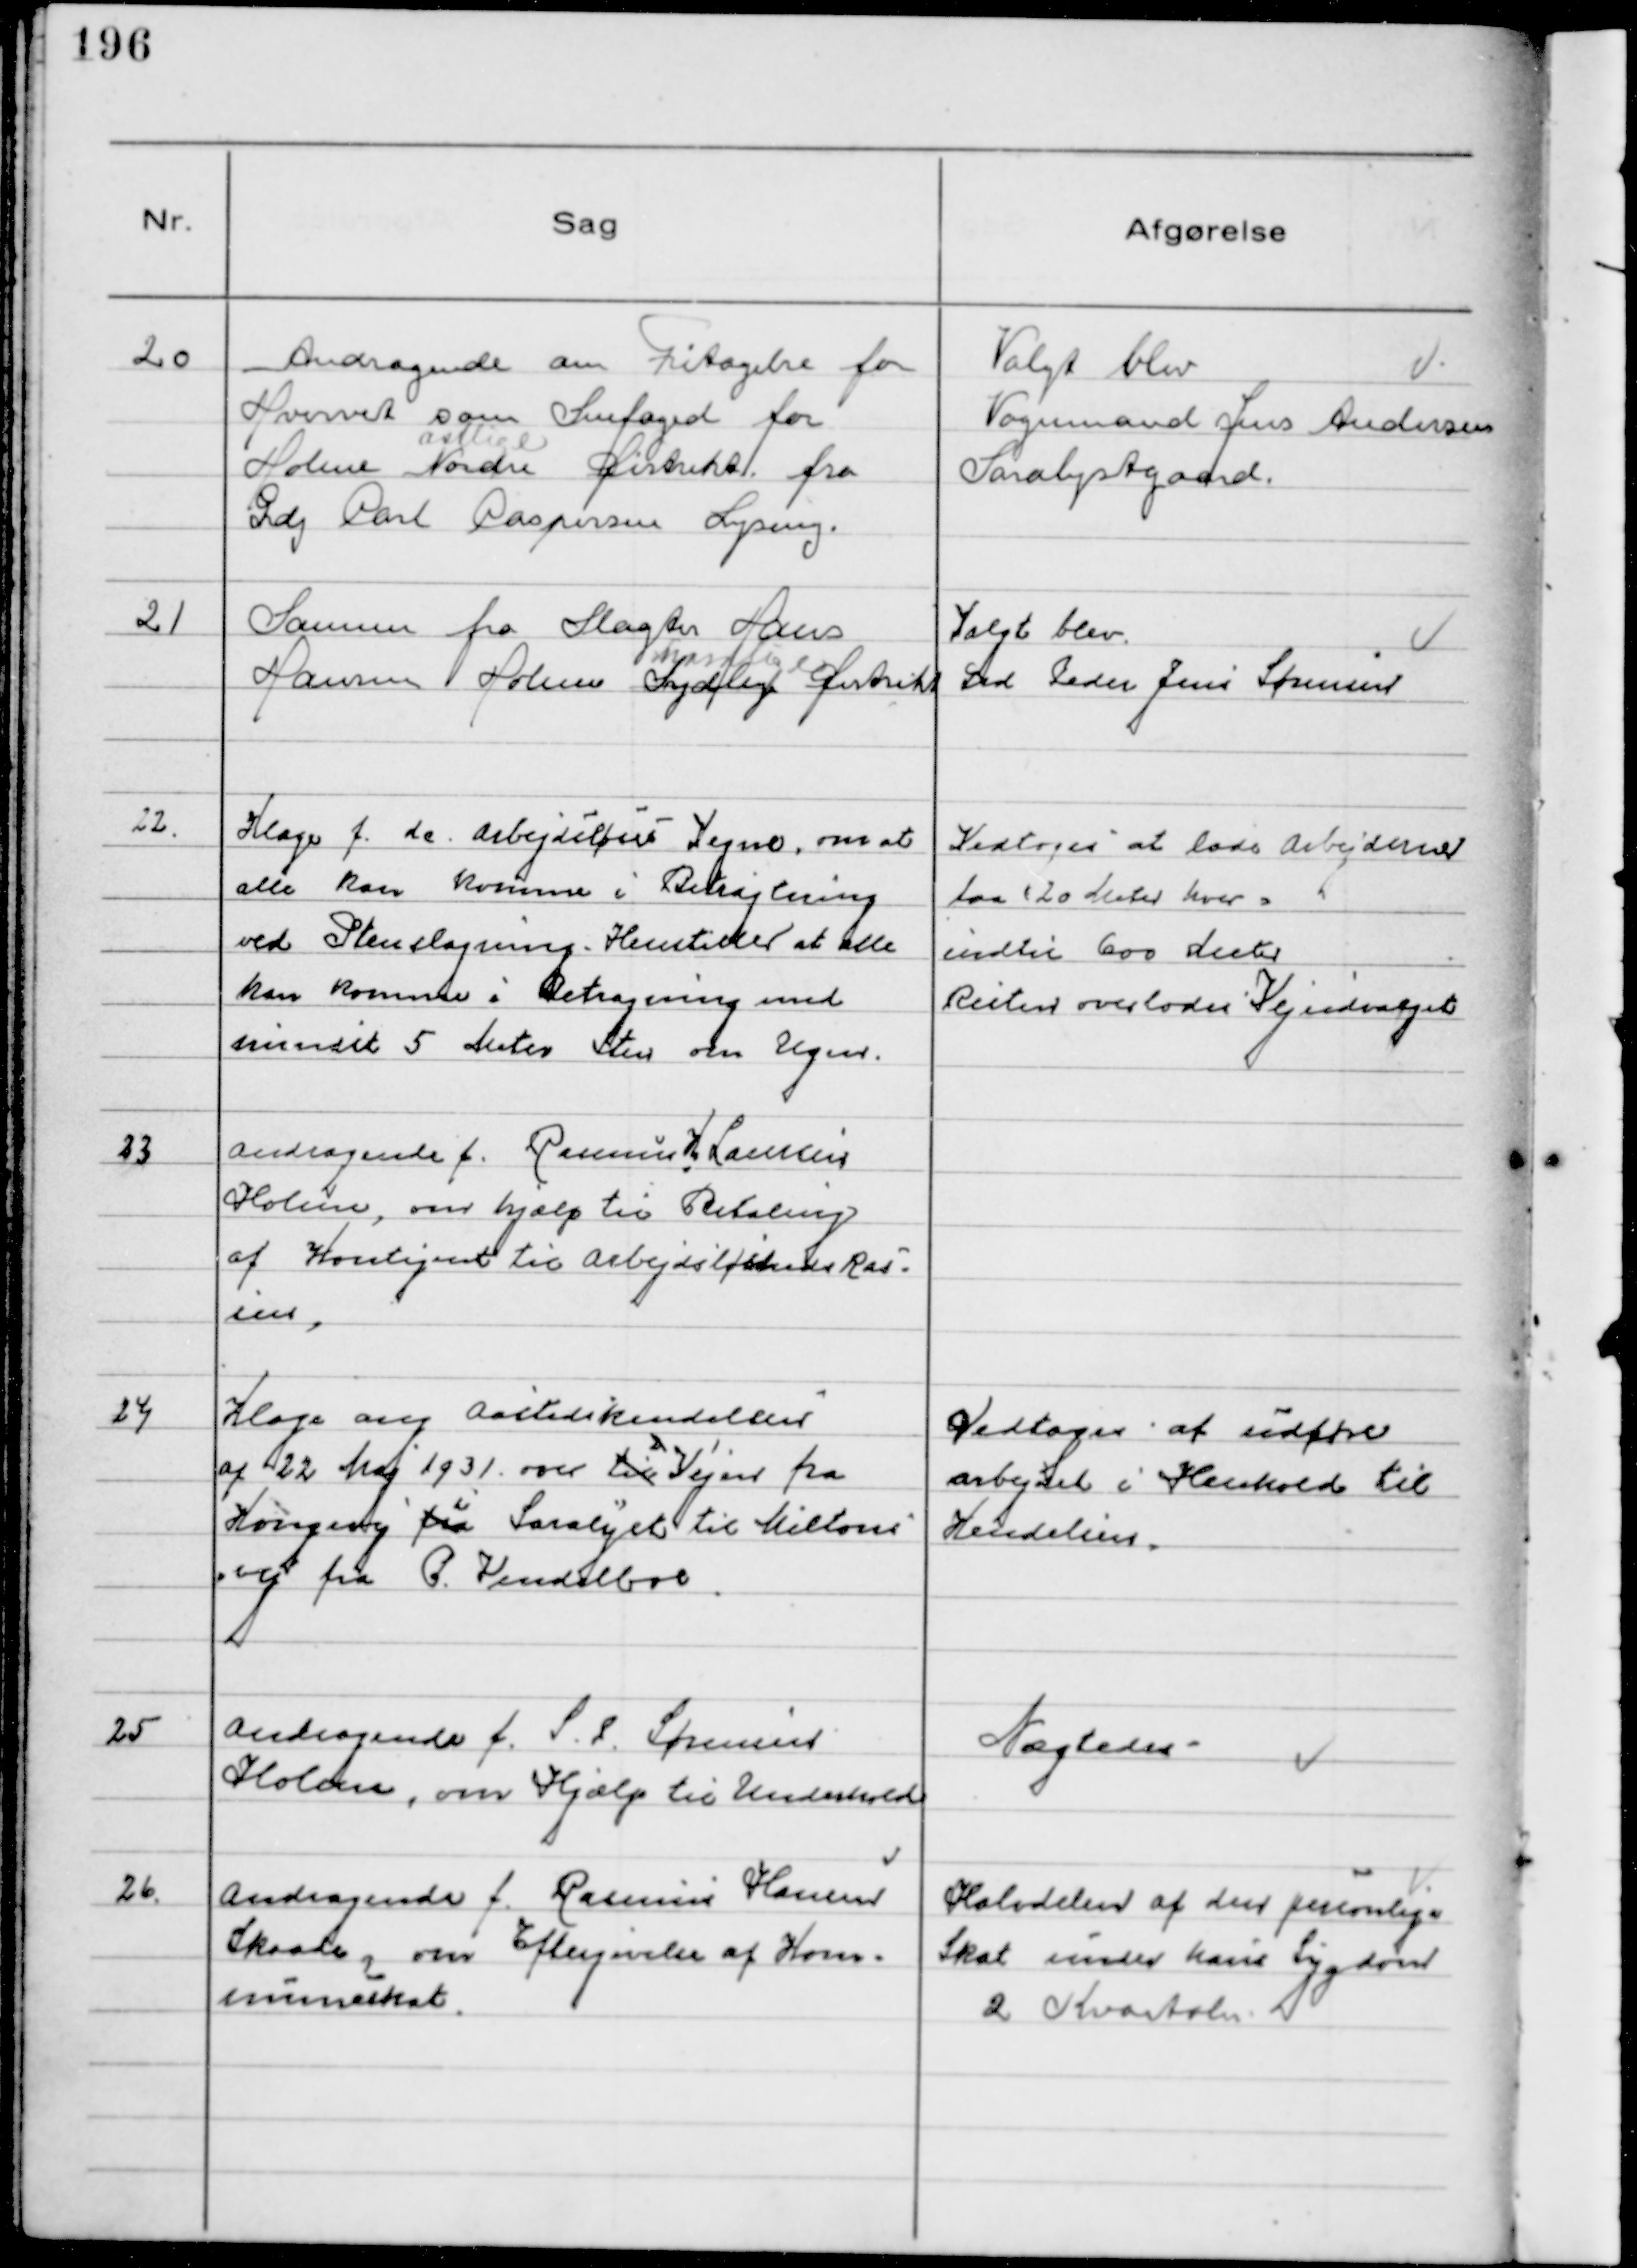
Transskription:
20
Andragende om Fritagelse for
Hvervet som Snefoged for
Holme Nordre
østlige
Distrikt fra
Grdj Carl Caspersen Lyseng.

Valgt blev
Vognmand Jens Andersen
Saralystgaard.

21
Samme fra Slagter Hans
Hansen Holme
Nordlige
Sydlige Distrikt

Valgt blev
Grd Peder Jens Sørensen

22.
Klage f. de Arbejdsløses Vegne, om at
alle kan komme i Betragtning
ved Stenslagning. Henstiller at alle
kan komme i Betragtning med
mindst 5 Meter Sten om Ugen.

Vedtoges at lade Arbejderne
faa (20 Meter hver)
indtil 6oo Meter
Resten overlodes Vejudvalget

23
Andragende f. Rasmus H Laursen
Holme, om hjælp til Betaling
af Kontigent til Arbejdsløshedskas-
sen,

24
Klage ang Aastedskendelsen
af 22 Maj 1931 over til Vejen fra
Kongevej fra 
i
Saralyst til Miltons 
vej fra P Vendelboe

Vedtoges at udføre
arbejdet i Henhold til
Kendelsen.

25
Andragende f. S. L. Sørensen
Holme, om Hjælp til Underhold

Nægtedes

26.
Andragende f. Rasmus Hansen
Skaade, om Eftergivelse af Kom-
muneskat.

Halvdelen af den personlige
Skat under hans Sygdom
2 Kvartaler